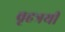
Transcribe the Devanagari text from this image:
वृहत्रयी